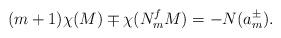
LaTeX: \begin{align*}(m+1)\chi(M)\mp\chi(N_m^fM)=-N(a_m^\pm).\end{align*}